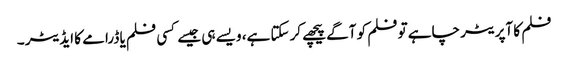
فلم کا آپریٹر چاہے تو فلم کو آگے پیچھے کرسکتا ہے، ویسے ہی جیسے کسی فلم یا ڈرامے کا ایڈیٹر ۔